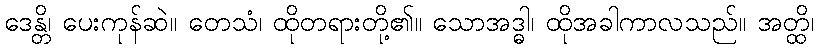
ဒေန္တိ၊ ပေးကုန်ဆဲ။ တေသံ၊ ထိုတရားတို့၏။ သောအဒ္ဓါ၊ ထိုအခါကာလသည်။ အတ္ထိ၊